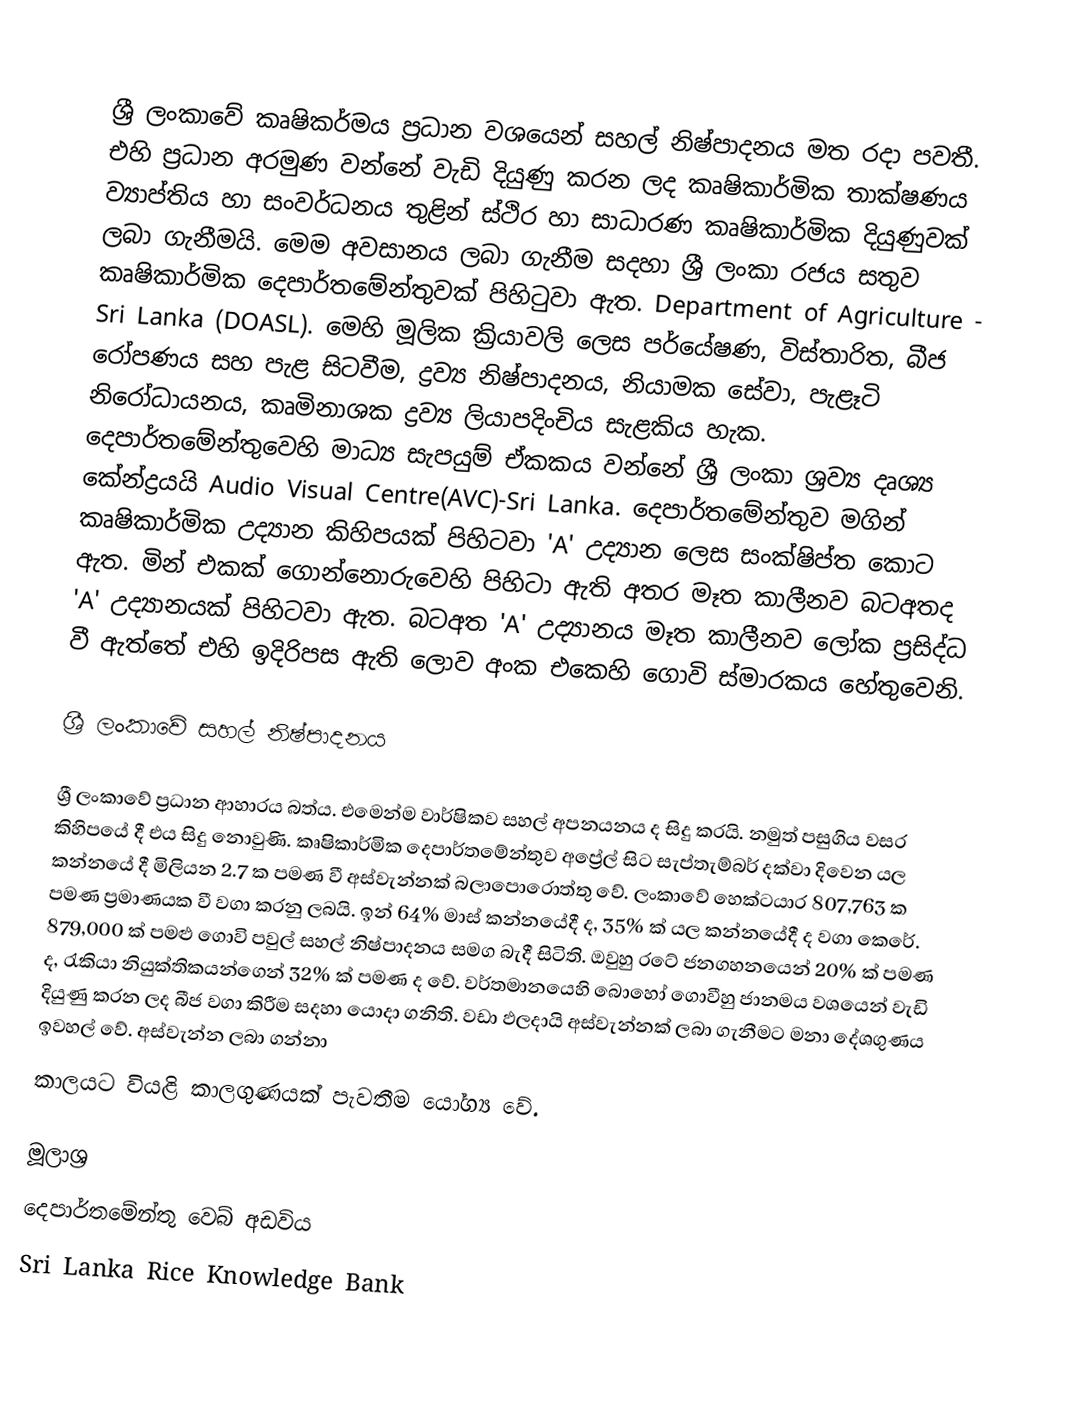

ශ්‍රී ලංකාවේ කෘෂිකර්මය ප්‍රධාන වශයෙන් සහල් නිෂ්පාදනය මත රදා පවතී. එහි ප්‍රධාන අරමුණ වන්නේ වැඩි දියුණු කරන ලද කෘෂිකාර්මික තාක්ෂණය ව්‍යාප්තිය හා සංවර්ධනය තුළින් ස්ථිර හා සාධාරණ කෘෂිකාර්මික දියුණුවක් ලබා ගැනීමයි. මෙම අවසානය ලබා ගැනීම සදහා ශ්‍රී ලංකා රජය සතුව කෘෂිකාර්මික දෙපාර්තමේන්තුවක් පිහිටුවා ඇත. Department of Agriculture - Sri Lanka (DOASL). මෙහි මූලික ක්‍රියාවලි ලෙස පර්යේෂණ, විස්තාරිත, බීජ රෝපණය සහ පැළ සිටවීම, ද්‍රව්‍ය නිෂ්පාදනය, නියාමක සේවා, පැළෑටි නිරෝධායනය, කෘමිනාශක ද්‍රව්‍ය ලියාපදිංචිය සැළකිය හැක. දෙපාර්තමේන්තුවෙහි මාධ්‍ය සැපයුම් ඒකකය වන්නේ ශ්‍රී ලංකා ශ්‍රව්‍ය දෘශ්‍ය කේන්ද්‍රයයි Audio Visual Centre(AVC)-Sri Lanka. දෙපාර්තමේන්තුව මගින් කෘෂිකාර්මික උද්‍යාන කිහිපයක් පිහිටවා 'A' උද්‍යාන ලෙස සංක්ෂිප්ත කොට ඇත. මින් එකක් ගොන්නොරුවෙහි පිහිටා ඇති අතර මෑත කාලීනව බටඅතද 'A' උද්‍යානයක් පිහිටවා ඇත. බටඅත 'A' උද්‍යානය මෑත කාලීනව ලෝක ප්‍රසිද්ධ වී ඇත්තේ එහි ඉදිරිපස ඇති ලොව අංක එකෙහි ‍ගොවි ස්මාරකය හේතුවෙනි.

ශ්‍රී ලංකාවේ සහල් නිෂ්පාදනය

ශ්‍රී ලංකාවේ ප්‍රධාන ආහාරය බත්ය. එමෙන්ම වාර්ෂිකව සහල් අපනයනය ද සිදු කරයි. නමුත් පසුගිය වසර කිහිපයේ දී එය සිදු නොවුණි. කෘෂිකාර්මික දෙපාර්තමේන්තුව අප්‍රේල් සිට සැප්තැම්බර් දක්වා දිවෙන යල කන්නයේ දී මිලියන 2.7 ක පමණ වී අස්වැන්නක් බලාපොරොත්තු වේ. ලංකාවේ හෙක්ටයාර 807,763 ක පමණ ප්‍රමාණයක වී වගා කරනු ලබයි. ඉන් 64%  මාස් කන්නයේදී ද, 35% ක් යල කන්නයේදී ද වගා කෙරේ. 879,000 ක් පමළු ගොවි පවුල් සහල් නිෂ්පාදනය සමග බැදී සිටිති. ඔවුහු රටේ ජනගහනයෙන් 20% ක් පමණ ද, රැකියා නියුක්තිකයන්ගෙන් 32% ක් පමණ ද වේ. වර්තමානයෙහි බොහෝ ගොවීහු ජානමය වශයෙන් වැඩි දියුණු කරන ලද බීජ වගා කිරීම සදහා යොදා ගනිති. වඩා ඵලදායි අස්වැන්නක් ලබා ගැනීමට මනා දේශගුණය ඉවහල් වේ. අස්වැන්න ලබා ගන්නා
කාලයට වියළි කාලගුණයක් පැවතීම යෝග්‍ය වේ.

මූලාශ්‍ර
දෙපාර්තමේන්තු වෙබ් අඩවිය
Sri Lanka Rice Knowledge Bank